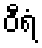
ဝီရံ